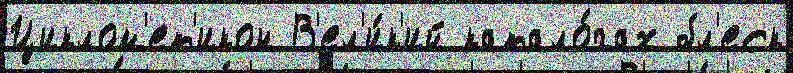
Циклом'ет'икон В'ел'и́к'ий катало́гах бл'еск